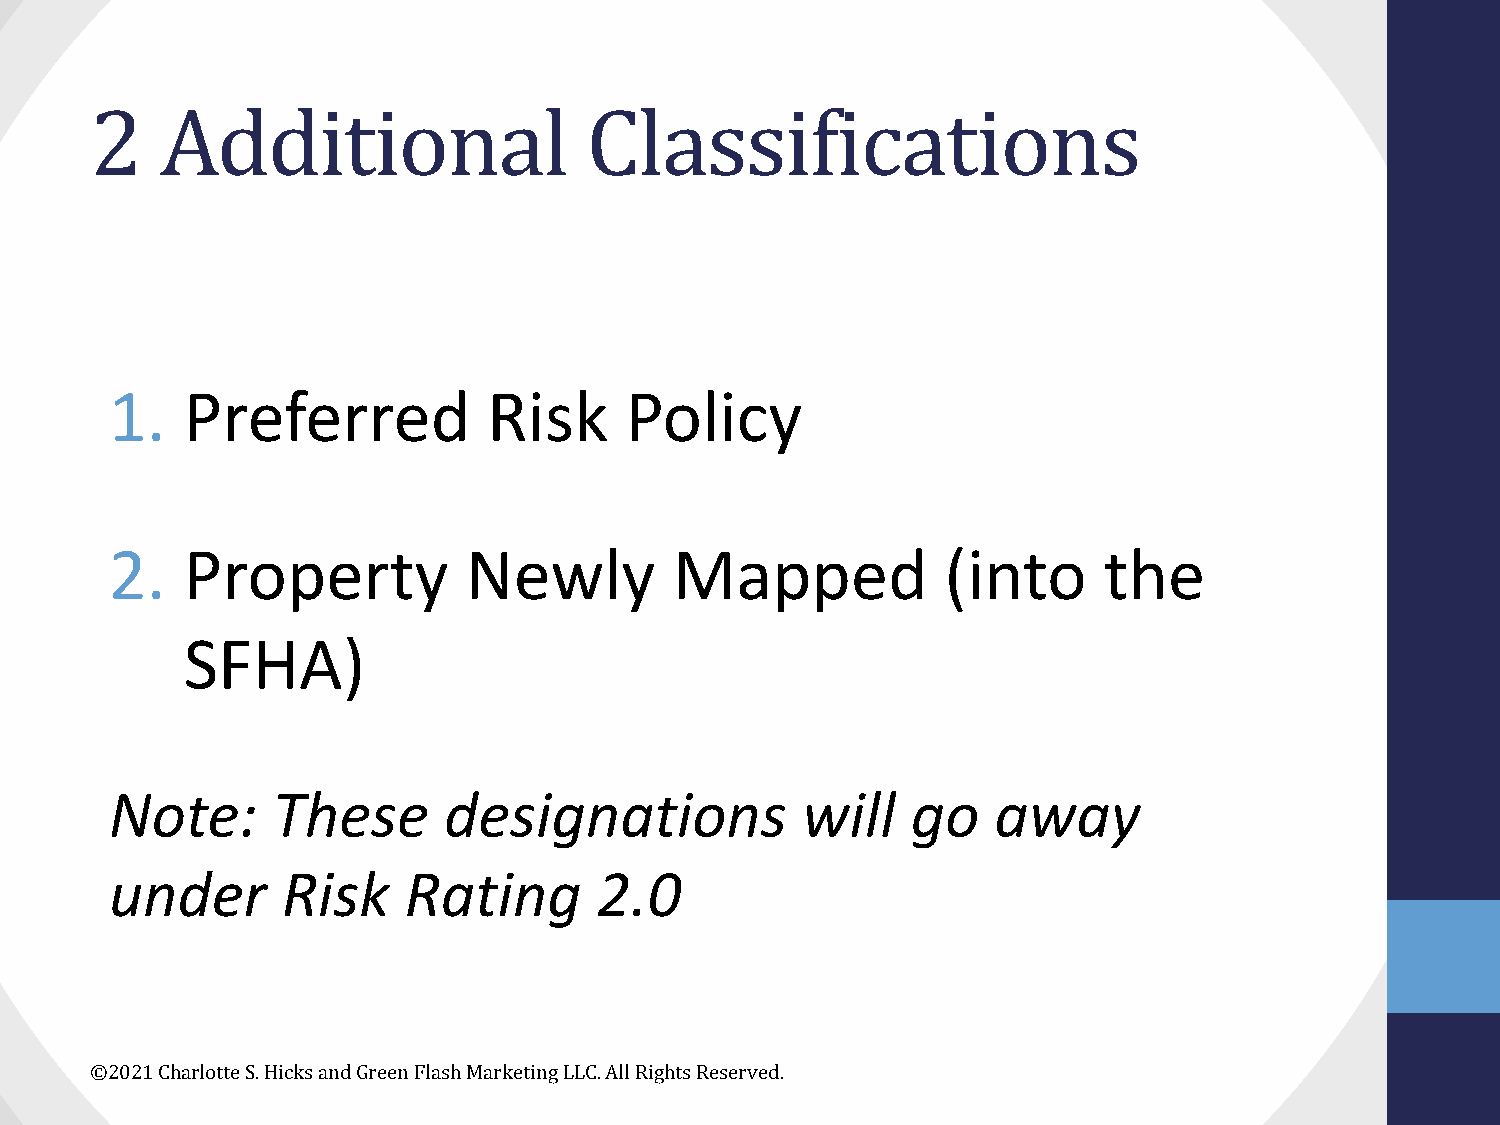
2    Additional                  Classifications
 1.   Preferred           Risk     Policy
 2.   Property           Newly         Mapped            (into     the
 SFHA)
 Note:      These      designations            will   go    away
 under       Risk    Rating       2.0
 ©2021 Charlotte S. Hicks and Green Flash Marketing LLC. All Rights Reserved.